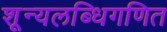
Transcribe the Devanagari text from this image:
शून्यलब्धिगणित